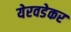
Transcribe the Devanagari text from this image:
येरवडेकर